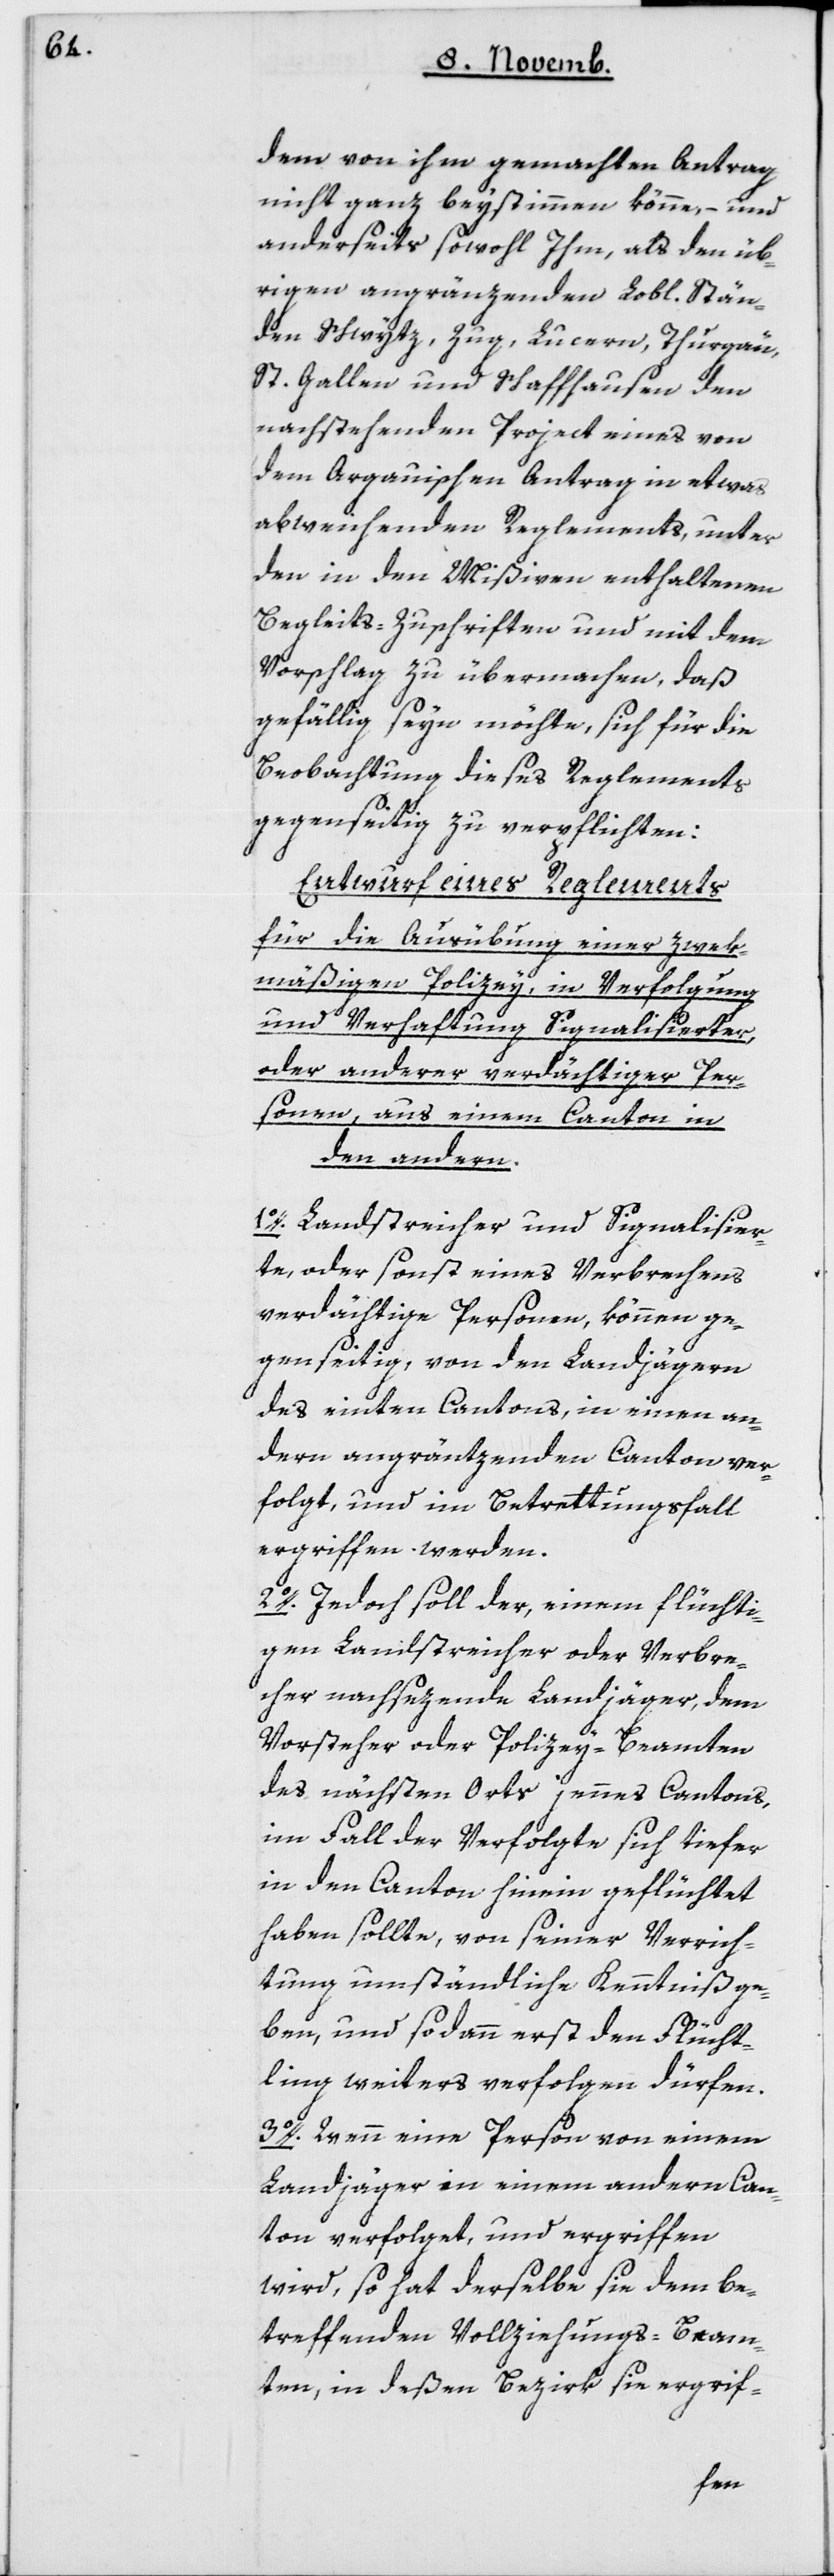
dem von ihm gemachten Antrag
nicht ganz beystimmen könne, – und
anderseits sowohl Ihm, als den üb¬
rigen angrenzenden Lobl. Stän¬
den Schwytz, Zug, Lucern, Thurgau,
St. Gallen und Schaffhausen den
nachstehenden Project eines von
dem Argauischen Antrag in etwas
abweichenden Reglements, unter
den in den Mißiven enthaltenen
Begleits-Zuschriften und mit dem
Vorschlag zu übermachen, daß
gefällig seyn möchte, sich für die
Beobachtung dieses Reglements
gegenseitig zu verpflichten:
Entwurf eines Reglements
für die Ausübung einer zwek¬
mäßigen Polizey, in Verfolgung
und Verhaftung Signalisierter
oder anderer verdächtiger Per¬
sonen, aus einem Canton in
den andern.
1. Landstreicher und Signalisier¬
te, oder sonst eines Verbrechens
verdächtige Personen, können ge¬
genseitig, von den Landjägern
des einten Cantons, in einen an¬
dern angrenzenden Canton ver¬
folgt und im Betrettungsfall
ergriffen werden.
2. Jedoch soll der, einem flüchti¬
gen Landstreicher oder Verbre¬
cher nachsetzende Landjäger, dem
Vorsteher oder Polizeybeamten
des nächsten Orts jennes Cantons,
im Fall der Verfolgte sich tiefer
in den Canton hinein geflüchtet
haben sollte, von seiner Verrich¬
tung umständliche Kenntniß ge¬
ben, und sodann erst den Flücht¬
ling weiters verfolgen dürfen.
3. Wenn eine Person von einem
Landjäger in einem andern Can¬
ton verfolget und ergriffen
wird, so hat derselbe sie dem be¬
treffenden Vollziehungs-Beam¬
ten, in deßen Bezirk sie ergrif-